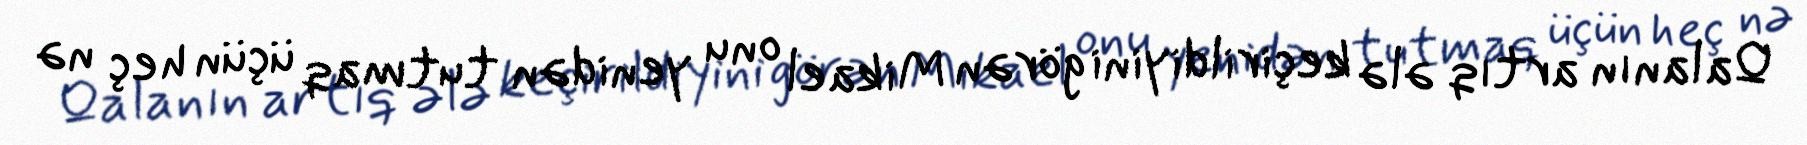
Qalanın artıq ələ keçirildiyini görən Mikael onu yenidən tutmaq üçün heç nə